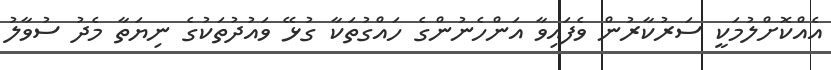
އެއްކޮށްލުމަކީ ސަރުކާރުން ވެފައިވާ އަންހެނުންގެ ހައްގުތަކާ ގުޅޭ ވައުދުތަކުގެ ނިޔަތާ މެދު ސުވާލު